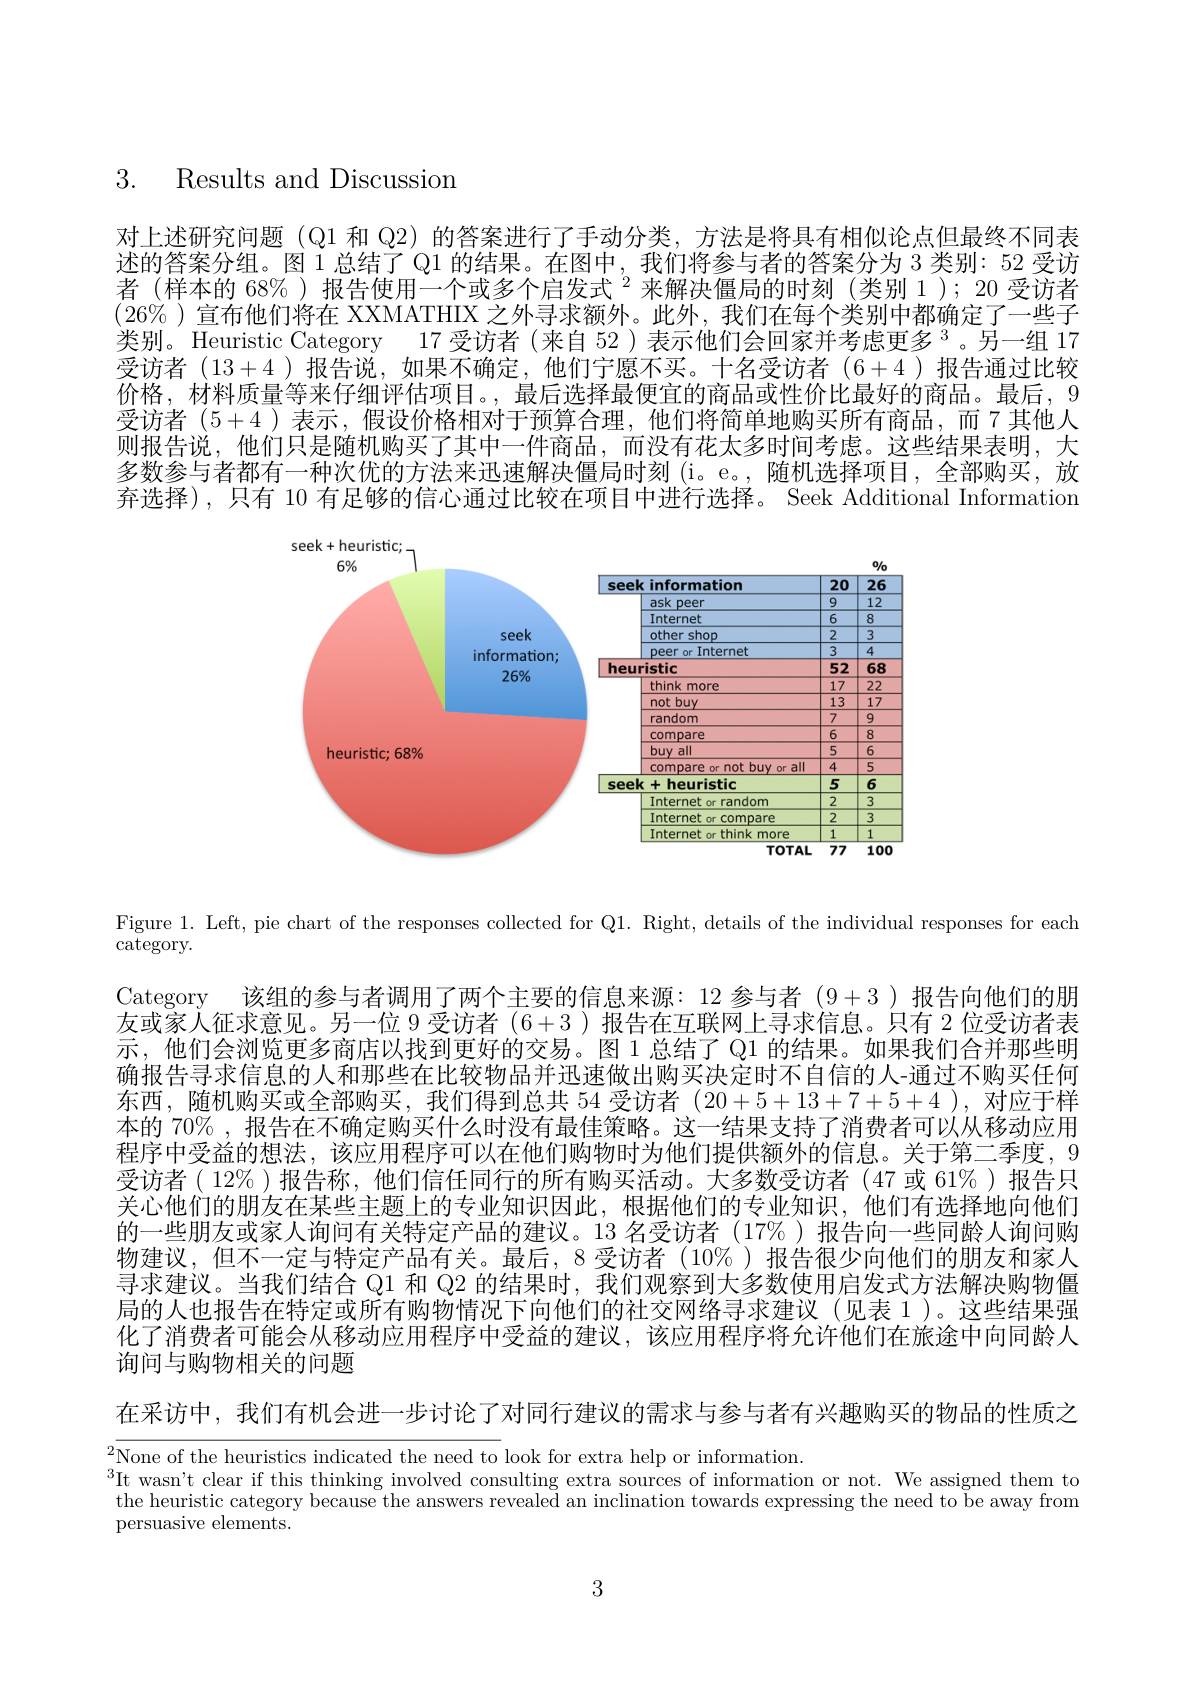
3. Results and Discussion

对上述研究问题 (Q1 和 Q2) 的答案进行了手动分类，方法是将具有相似论点但最终不同表述的答案分组。图 1 总结了 Q1 的结果。在图中，我们将参与者的答案分为 3 类别：52 受访者(样本的 68%)报告使用一个或多个启发式$^2$来解决僵局的时刻(类别 1);20 受访者$(26\%)$宣布他们将在 XXMATHIX 之外寻求额外。此外，我们在每个类别中都确定了一些子类别。Heuristic Category 17 受访者 (来自 52)表示他们会回家并考虑更多$^{3}$。另一组 17受访者(13+4)报告说，如果不确定，他们宁愿不买。十名受访者(6+4)报告通过比较价格，材料质量等来仔细评估项目。,最后选择最便宜的商品或性价比最好的商品。最后，9受访者(5+4)表示，假设价格相对于预算合理，他们将简单地购买所有商品，而7其他人则报告说，他们只是随机购买了其中一件商品，而没有花太多时间考虑。这些结果表明，大多数参与者都有一种次优的方法来迅速解决僵局时刻 (i。e。,随机选择项目，全部购买，放弃选择),只有 10 有足够的信心通过比较在项目中进行选择。Seek Additional Information

<FigureHere>

Figure 1. Left, pie chart of the responses collected for Q1. Right, details of the individual responses for each

$\bar{\mathrm{category.}}$

Category 该组的参与者调用了两个主要的信息来源：12 参与者 (9+3 )报告向他们的朋友或家人征求意见。另一位 9 受访者(6+3)报告在互联网上寻求信息。只有 2 位受访者表示，他们会浏览更多商店以找到更好的交易。图 1 总结了 Q1 的结果。如果我们合并那些明确报告寻求信息的人和那些在比较物品并迅速做出购买决定时不自信的人-通过不购买任何东西，随机购买或全部购买，我们得到总共 54 受访者 (20+5+13+7+5+4),对应于样本的 70% , 报告在不确定购买什么时没有最佳策略。这一结果支持了消费者可以从移动应用程序中受益的想法，该应用程序可以在他们购物时为他们提供额外的信息。关于第二季度，9受访者( 12% )报告称，他们信任同行的所有购买活动。大多数受访者(47 或 61% )报告只关心他们的朋友在某些主题上的专业知识因此，根据他们的专业知识，他们有选择地向他们的一些朋友或家人询问有关特定产品的建议。13 名受访者 (17%)报告向一些同龄人询问购物建议，但不一定与特定产品有关。最后，8受访者(10%)报告很少向他们的朋友和家人寻求建议。当我们结合 Q1 和 Q2 的结果时，我们观察到大多数使用启发式方法解决购物僵局的人也报告在特定或所有购物情况下向他们的社交网络寻求建议(见表 1)。这些结果强化了消费者可能会从移动应用程序中受益的建议，该应用程序将允许他们在旅途中向同龄人询问与购物相关的问题
在采访中，我们有机会进一步讨论了对同行建议的需求与参与者有兴趣购买的物品的性质之

$^{2}$None of the heuristics indicated the need to look for extra help or information.
$^3$It wasn't clear if this thinking involved consulting extra sources of information or not. We assigned them to the heuristic category because the answers revealed an inclination towards expressing the need to be away from persuasive elements.

3